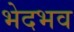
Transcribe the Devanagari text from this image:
भेदभव